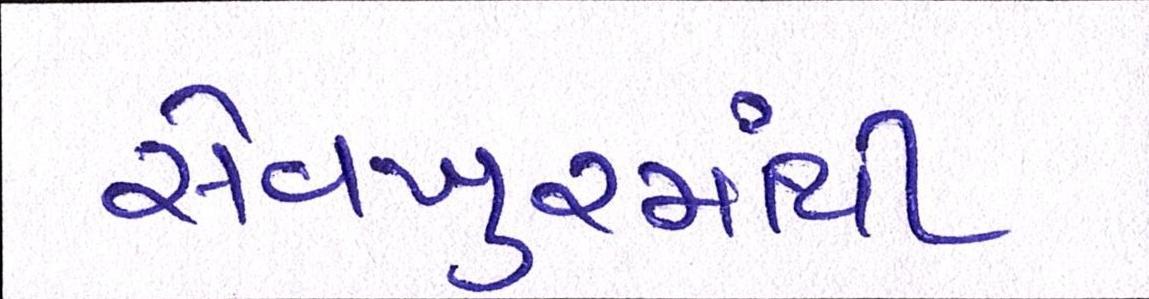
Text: સેવખુરમાંથી